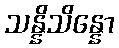
သန္နိသိန္နော